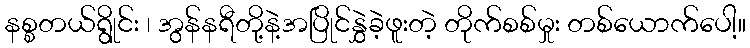
နစ္စတယ်ရွိုင်း ၊ အွန်နရီတို့နဲ့အပြိုင်နွှဲခဲ့ဖူးတဲ့ တိုက်စစ်မှုး တစ်ယောက်ပေါ့။